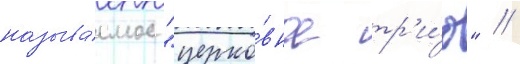
называ́емое "церко́вное тр'и́о" //